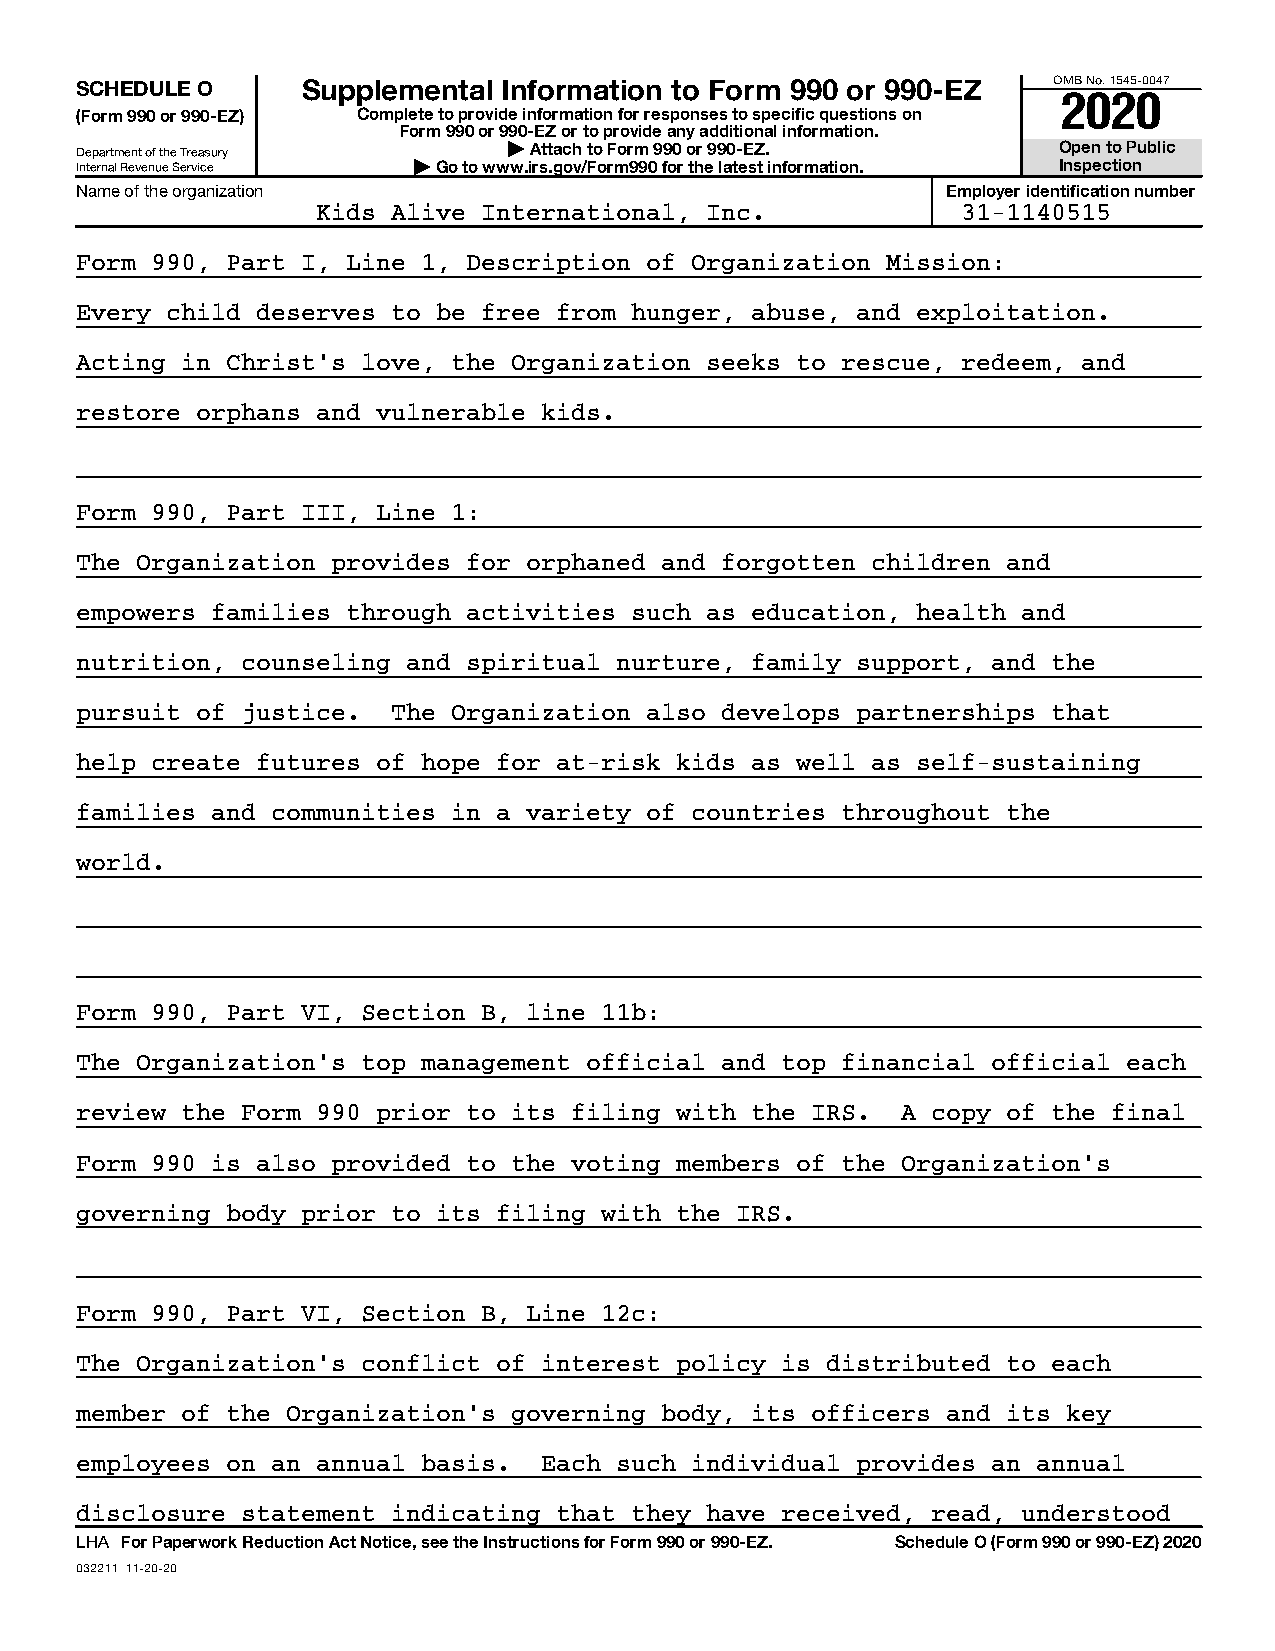
SCHEDULE O     Supplemental Information to Form 990 or 990-EZ    OMB No. 1545-0047
 2020
 (Form 990 or 990-EZ) Complete to provide information for responses to specific questions on
 Form 990 or 990-EZ or to provide any additional information.
 Department of the Treasury   | Attach to Form 990 or 990-EZ.     Open to Public
 Internal Revenue Service | Go to www.irs.gov/Form990 for the latest information. Inspection
 Name of the organization                                  Employer identification number
 Kids Alive International, Inc.             31-1140515
 Form 990, Part I, Line 1, Description of Organization Mission:
 Every child deserves to be free from hunger, abuse, and exploitation.
 Acting in Christ’s love, the Organization seeks to rescue, redeem, and
 restore orphans and vulnerable kids.
 Form 990, Part III, Line 1:
 The Organization provides for orphaned and forgotten children and
 empowers families through activities such as education, health and
 nutrition, counseling and spiritual nurture, family support, and the
 pursuit of justice.  The Organization also develops partnerships that
 help create futures of hope for at-risk kids as well as self-sustaining
 families and communities in a variety of countries throughout the
 world.
 Form 990, Part VI, Section B, line 11b:
 The Organization’s top management official and top financial official each
 review the Form 990 prior to its filing with the IRS.  A copy of the final
 Form 990 is also provided to the voting members of the Organization’s
 governing body prior to its filing with the IRS.
 Form 990, Part VI, Section B, Line 12c:
 The Organization’s conflict of interest policy is distributed to each
 member of the Organization’s governing body, its officers and its key
 employees on an annual basis.  Each such individual provides an annual
 disclosure statement indicating that they have received, read, understood
 LHA For Paperwork Reduction Act Notice, see the Instructions for Form 990 or 990-EZ. Schedule O (Form 990 or 990-EZ) 2020
 032211 11-20-20